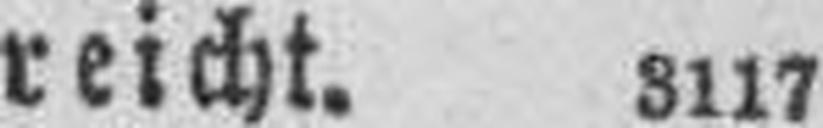
reicht. 3117